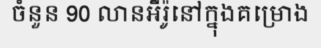
ចំនួន 90 លានអឺរ៉ូនៅក្នុងគម្រោង